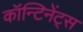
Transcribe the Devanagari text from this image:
कॉन्टिनेंट्स